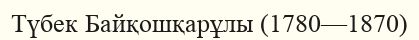
Түбек Байқошқарұлы (1780—1870)